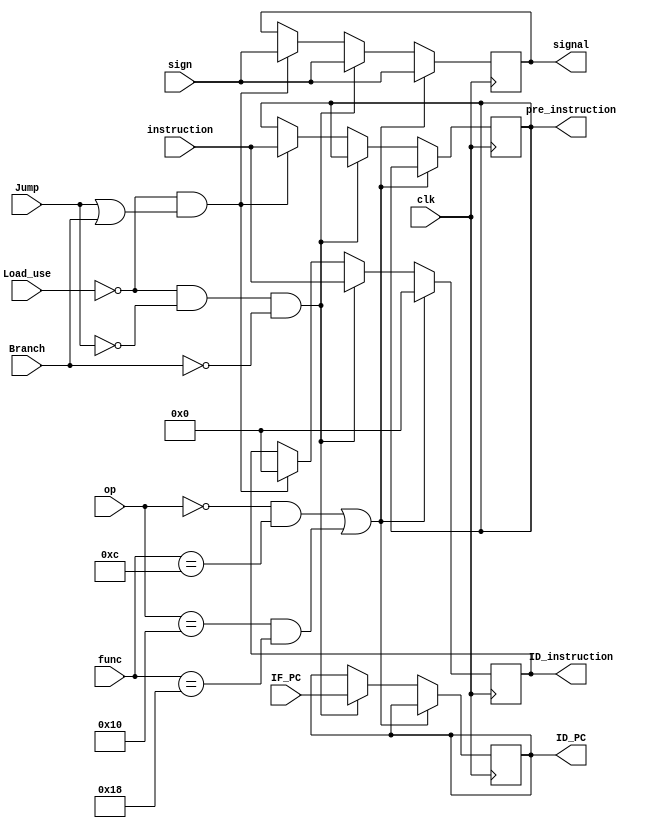
module IF_ID(IF_PC,instruction,ID_PC,ID_instruction,Jump,Branch,op,func,clk,
pre_instruction,sign,signal,
Load_use);
	input[31:2]	IF_PC;
	input[31:0]	instruction;
	input		clk;
	input		Jump;
	input		Branch;
	input		Load_use;
	input		sign;
	input[5:0]	op,func;
		
	output reg[31:2]	ID_PC;
	output reg[31:0]	ID_instruction;
	output reg[31:0]	pre_instruction;
	output reg		signal;
//assignment
	
	initial
	begin
		ID_PC = 30'b0;
		ID_instruction = 32'b0;
		pre_instruction = 32'b0;
		signal = 0;
	end
//initial assignment
		
	always@(negedge clk)
	begin
		if((op == 6'b000000 && func == 6'b001100) || (op == 6'b010000 && func == 6'b011000))
//syscall and ERET
		begin
			ID_instruction <= 32'b0;
			signal <= sign;
		end
		else if(!Load_use && !Jump && !Branch)
//normal instructions
		begin
			ID_PC <= IF_PC;
			ID_instruction <= instruction;
			signal <= sign;
		end
		else if(!Load_use && (Jump || Branch))
//jump and branch instructions with a delay slot 
		begin
			// ID_instruction <= instruction;			
			ID_instruction <= 32'b0;//this is for code without a delay slot
			pre_instruction <= instruction;
			signal <= sign;
		end
	end
endmodule